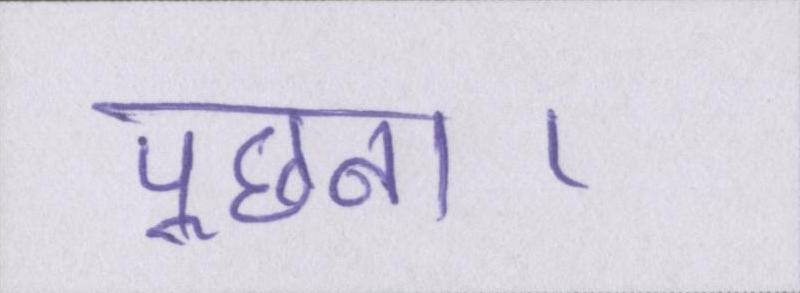
पूछना।